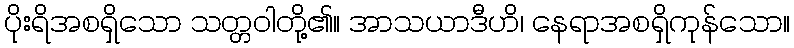
ပိုးရိအစရှိသော သတ္တဝါတို့၏။ အာသယာဒီဟိ၊ နေရာအစရှိကုန်သော။